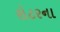
રોટરના